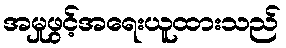
အမှုဖွင့်အရေးယူထားသည်